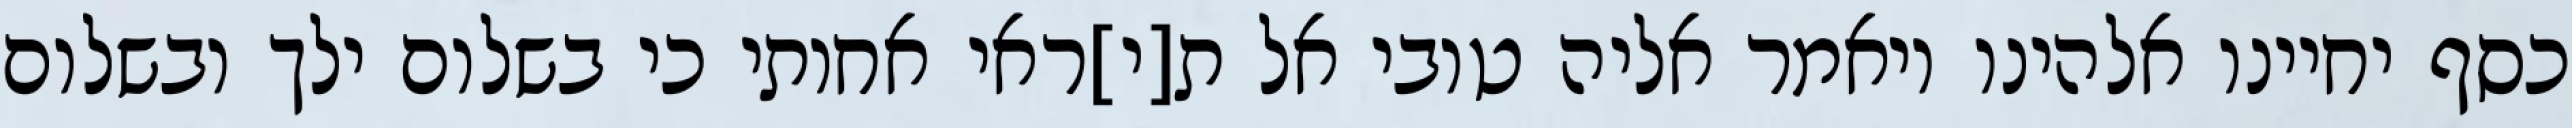
כסף יחיינו אלהינו ויאמר אליה טובי אל ת[י]ראי אחותי כי בשלום ילך ובשלום